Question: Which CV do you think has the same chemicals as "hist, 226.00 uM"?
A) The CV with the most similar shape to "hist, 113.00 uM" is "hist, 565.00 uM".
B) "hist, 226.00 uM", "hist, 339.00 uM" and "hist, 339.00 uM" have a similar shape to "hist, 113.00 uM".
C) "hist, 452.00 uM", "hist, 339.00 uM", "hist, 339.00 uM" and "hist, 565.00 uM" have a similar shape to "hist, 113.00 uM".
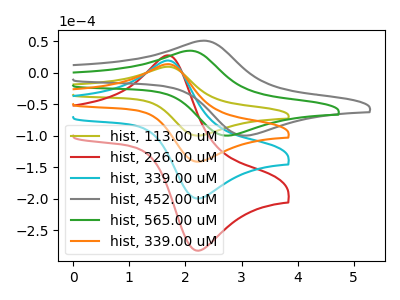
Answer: <think>The olive curve "hist, 113.00 uM" has an anodic peak at (1.70V, 9.85uA) and a cathodic peak at (2.25V, -99.45uA). The red curve "hist, 226.00 uM" has an anodic peak at (1.70V, 41.75uA) and a cathodic peak at (2.25V, -422.15uA). The cyan curve "hist, 339.00 uM" has an anodic peak at (1.70V, 27.85uA) and a cathodic peak at (2.25V, -281.45uA). The gray curve "hist, 452.00 uM" has an anodic peak at (2.35V, 51.25uA) and a cathodic peak at (3.15V, -99.30uA). The green curve "hist, 565.00 uM" has an anodic peak at (2.10V, 35.30uA) and a cathodic peak at (2.80V, -99.35uA). The orange curve "hist, 339.00 uM" has an anodic peak at (1.70V, 13.90uA) and a cathodic peak at (2.25V, -140.70uA).
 All the peaks in "hist, 113.00 uM" have a peak in "hist, 226.00 uM" at the same potential. Every peak in "hist, 113.00 uM" is lower than every peak in "hist, 226.00 uM". All the peaks in "hist, 113.00 uM" have a peak in "hist, 339.00 uM" at the same potential. Every peak in "hist, 113.00 uM" is lower than every peak in "hist, 339.00 uM". "hist, 113.00 uM" and "hist, 452.00 uM" have at least one peak that do not match. "hist, 113.00 uM" and "hist, 565.00 uM" have at least one peak that do not match. All the peaks in "hist, 113.00 uM" have a peak in "hist, 339.00 uM" at the same potential. Every peak in "hist, 113.00 uM" is lower than every peak in "hist, 339.00 uM". All the peaks in "hist, 226.00 uM" have a peak in "hist, 339.00 uM" at the same potential. Every peak in "hist, 226.00 uM" is higher than every peak in "hist, 339.00 uM". "hist, 226.00 uM" and "hist, 452.00 uM" have at least one peak that do not match. "hist, 226.00 uM" and "hist, 565.00 uM" have at least one peak that do not match. All the peaks in "hist, 226.00 uM" have a peak in "hist, 339.00 uM" at the same potential. Every peak in "hist, 226.00 uM" is higher than every peak in "hist, 339.00 uM". "hist, 339.00 uM" and "hist, 452.00 uM" have at least one peak that do not match. "hist, 339.00 uM" and "hist, 565.00 uM" have at least one peak that do not match. All the peaks in "hist, 339.00 uM" have a peak in "hist, 339.00 uM" at the same potential. Every peak in "hist, 339.00 uM" is higher than every peak in "hist, 339.00 uM". "hist, 452.00 uM" and "hist, 565.00 uM" have at least one peak that do not match. "hist, 452.00 uM" and "hist, 339.00 uM" have at least one peak that do not match. "hist, 565.00 uM" and "hist, 339.00 uM" have at least one peak that do not match.</think>
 <answer>B) "hist, 226.00 uM", "hist, 339.00 uM" and "hist, 339.00 uM" have a similar shape to "hist, 113.00 uM".</answer>
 <eval>B</eval>